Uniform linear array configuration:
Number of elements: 64
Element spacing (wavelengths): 0.75
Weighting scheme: kaiser
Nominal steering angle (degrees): -60
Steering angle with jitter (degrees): -61.207
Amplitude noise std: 0.05
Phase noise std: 0.05

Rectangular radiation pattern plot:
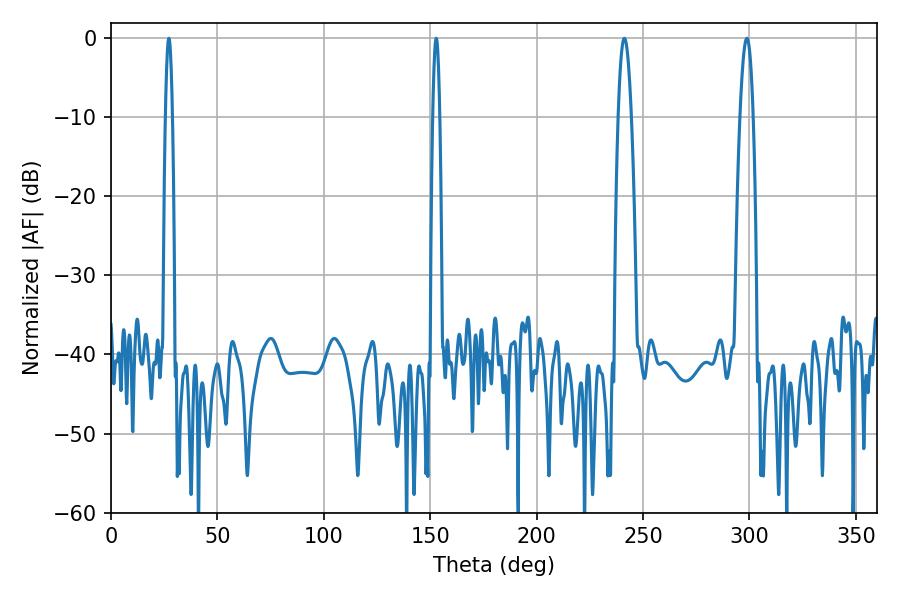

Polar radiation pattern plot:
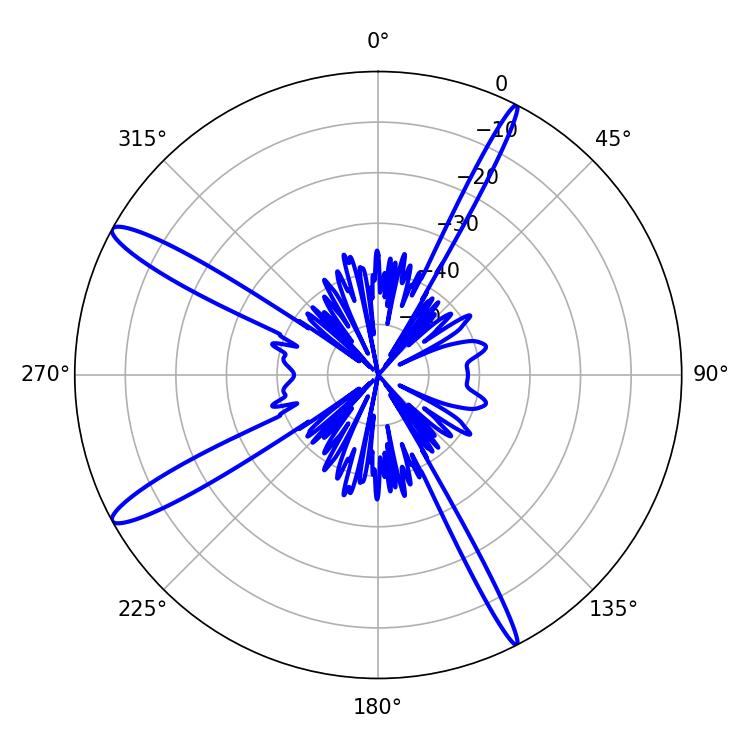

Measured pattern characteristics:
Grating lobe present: TRUE
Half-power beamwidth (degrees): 1.8
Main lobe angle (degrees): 152.82